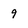
Character: q